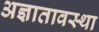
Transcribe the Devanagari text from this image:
अज्ञातावस्था